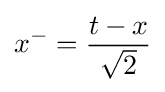
x^{-}={\frac {t-x}{\sqrt {2}}}